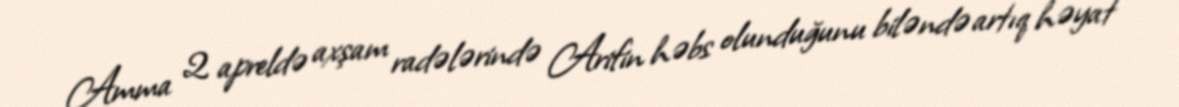
Amma 2 apreldə axşam radələrində Arifin həbs olunduğunu biləndə artıq həyat